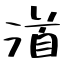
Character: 渞